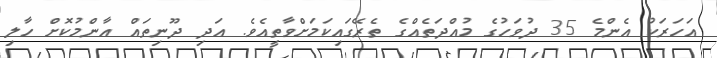
އަހަރަކު އެންމެ 35 ދުވަހުގެ މުއްދަތެއްގެ ތެރޭގައިކަމަށްވާތީއެވެ. އަދި ދޫނިތައް އާންމުކޮށް ހާލި